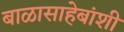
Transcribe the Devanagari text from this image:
बाळासाहेबांशी